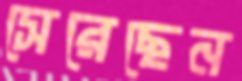
সেরেছেন